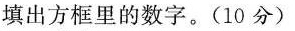
填出方框里的数字。(10分)